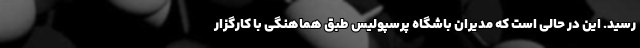
رسید. این در حالی است که مدیران باشگاه پرسپولیس طبق هماهنگی با کارگزار